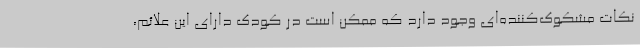
نکات مشکوک‌کننده‌ای وجود دارد که ممکن است در کودک دارای این علائم،